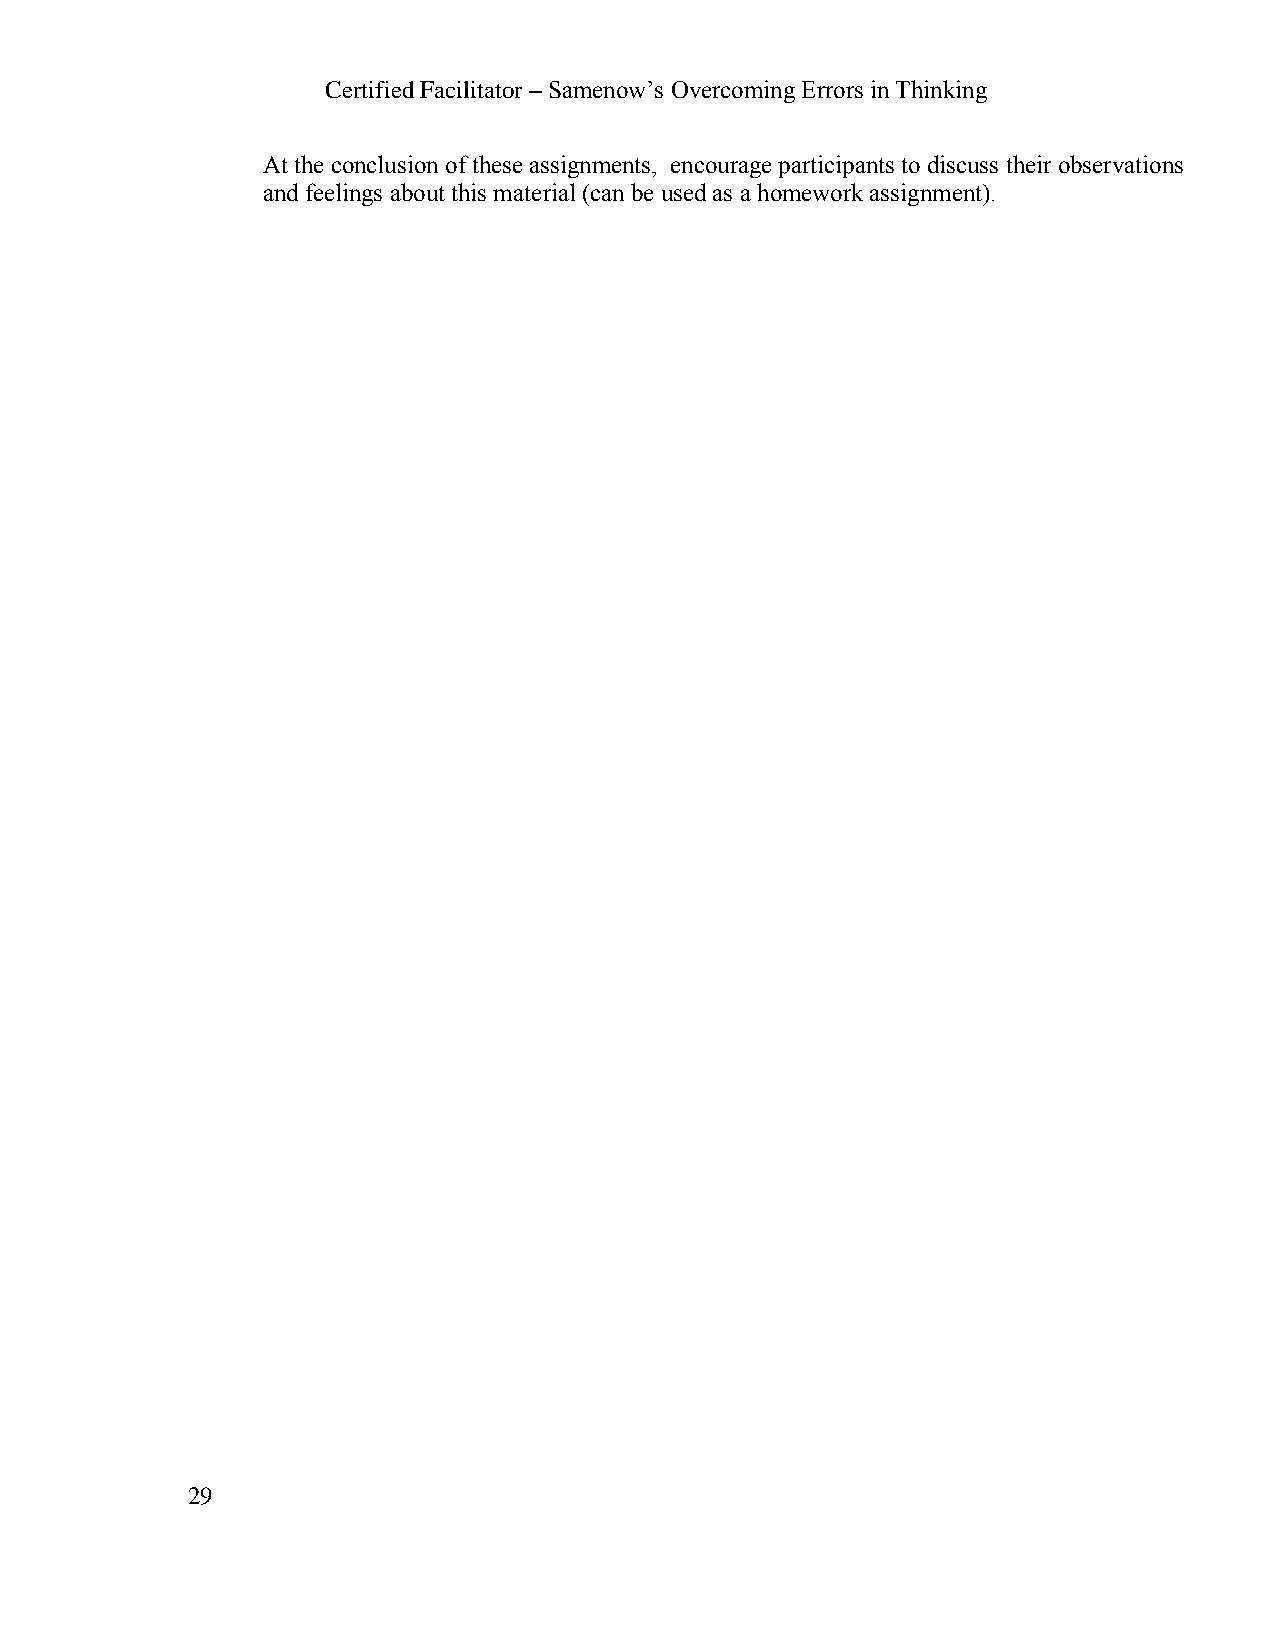
Certified Facilitator – Samenow’s Overcoming Errors in Thinking
 At the conclusion of these assignments, encourage participants to discuss their observations
 and feelings about this material (can be used as a homework assignment).
 29